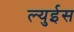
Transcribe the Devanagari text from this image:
ल्युईस